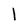
Character: I